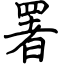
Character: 署